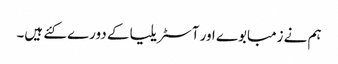
ہم نے زمبابوے اور آسٹریلیا کے دورے کئے ہیں۔